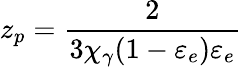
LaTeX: z_{p}=\frac{2}{3\chi_{\gamma}(1-\varepsilon_{e})\varepsilon_{e}}